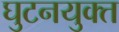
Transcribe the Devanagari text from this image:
घुटनयुक्त